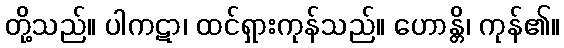
တို့သည်။ ပါကဋာ၊ ထင်ရှားကုန်သည်။ ဟောန္တိ၊ ကုန်၏။